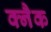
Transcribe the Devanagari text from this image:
क्नैक